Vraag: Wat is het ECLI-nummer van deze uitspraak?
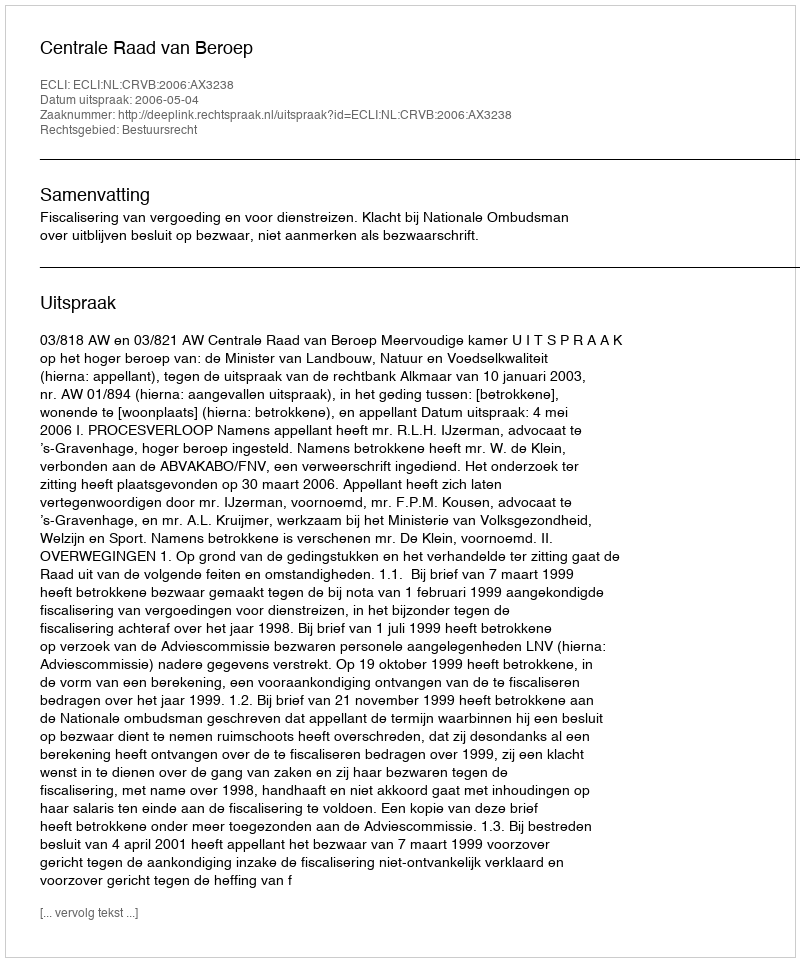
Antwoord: ECLI:NL:CRVB:2006:AX3238